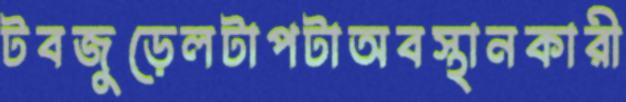
টবজুড়েলটাপটাঅবস্থানকারী